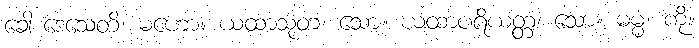
ခေါ ဒေသေတိ၊ မဟော။ ယထာသုတံ၊ သော။ ယထာပရိယတ္တံ၊ သော။ ဓမ္မံ၊ ကို။